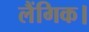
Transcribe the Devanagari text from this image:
लैंगिक।